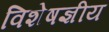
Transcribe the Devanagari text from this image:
विशेषज्ञीय